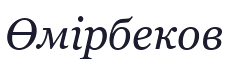
Өмірбеков